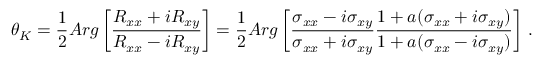
\theta _ { K } = \frac { 1 } { 2 } A r g \left[ \frac { R _ { x x } + i R _ { x y } } { R _ { x x } - i R _ { x y } } \right] = \frac { 1 } { 2 } A r g \left[ \frac { \sigma _ { x x } - i \sigma _ { x y } } { \sigma _ { x x } + i \sigma _ { x y } } \frac { 1 + a ( \sigma _ { x x } + i \sigma _ { x y } ) } { 1 + a ( \sigma _ { x x } - i \sigma _ { x y } ) } \right] \, .